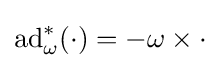
\operatorname {ad} _{\omega }^{*}(\cdot )=-\omega \times \cdot